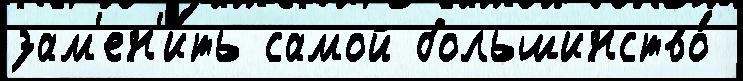
зам'ен'и́ть самой большинство́